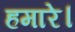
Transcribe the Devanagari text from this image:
हमारे।